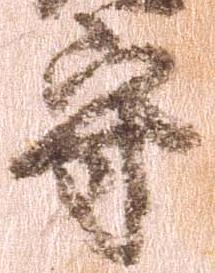
守